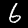
Digit: 6